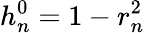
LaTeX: h_{n}^{0}=1-r_{n}^{2}